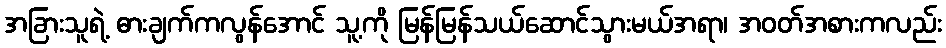
အခြားသူရဲ့ ဓားချက်ကလွန်အောင် သူ့ကို မြန်မြန်သယ်ဆောင်သွားမယ်အရာ၊ အဝတ်အစားကလည်း